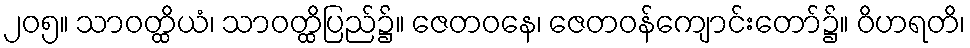
၂၀၅။ သာဝတ္ထိယံ၊ သာဝတ္ထိပြည်၌။ ဇေတဝနေ၊ ဇေတဝန်ကျောင်းတော်၌။ ဝိဟရတိ၊